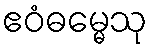
ဧဝံဓမ္မေသု